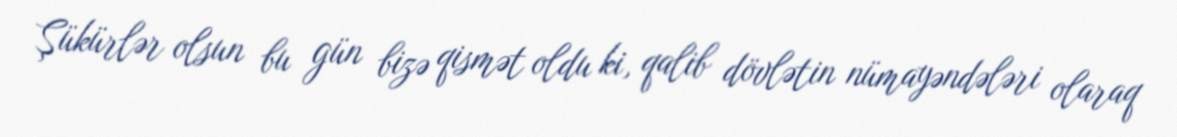
Şükürlər olsun bu gün bizə qismət oldu ki, qalib dövlətin nümayəndələri olaraq